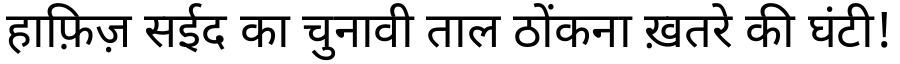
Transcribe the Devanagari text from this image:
हाफ़िज़ सईद का चुनावी ताल ठोंकना ख़तरे की घंटी!